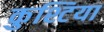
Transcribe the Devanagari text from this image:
कुश्टिया